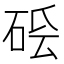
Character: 𥒛